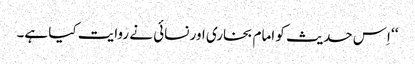
‘‘ اِس حدیث کو امام بخاری اور نسائی نے روایت کیا ہے۔